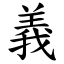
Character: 義